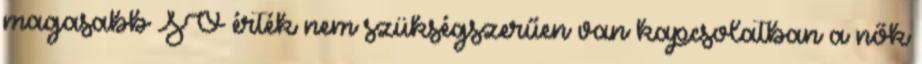
magasabb SO érték nem szükségszerűen van kapcsolatban a nők